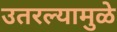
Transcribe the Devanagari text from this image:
उतरल्यामुळे